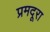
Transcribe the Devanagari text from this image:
प्रमदूरा